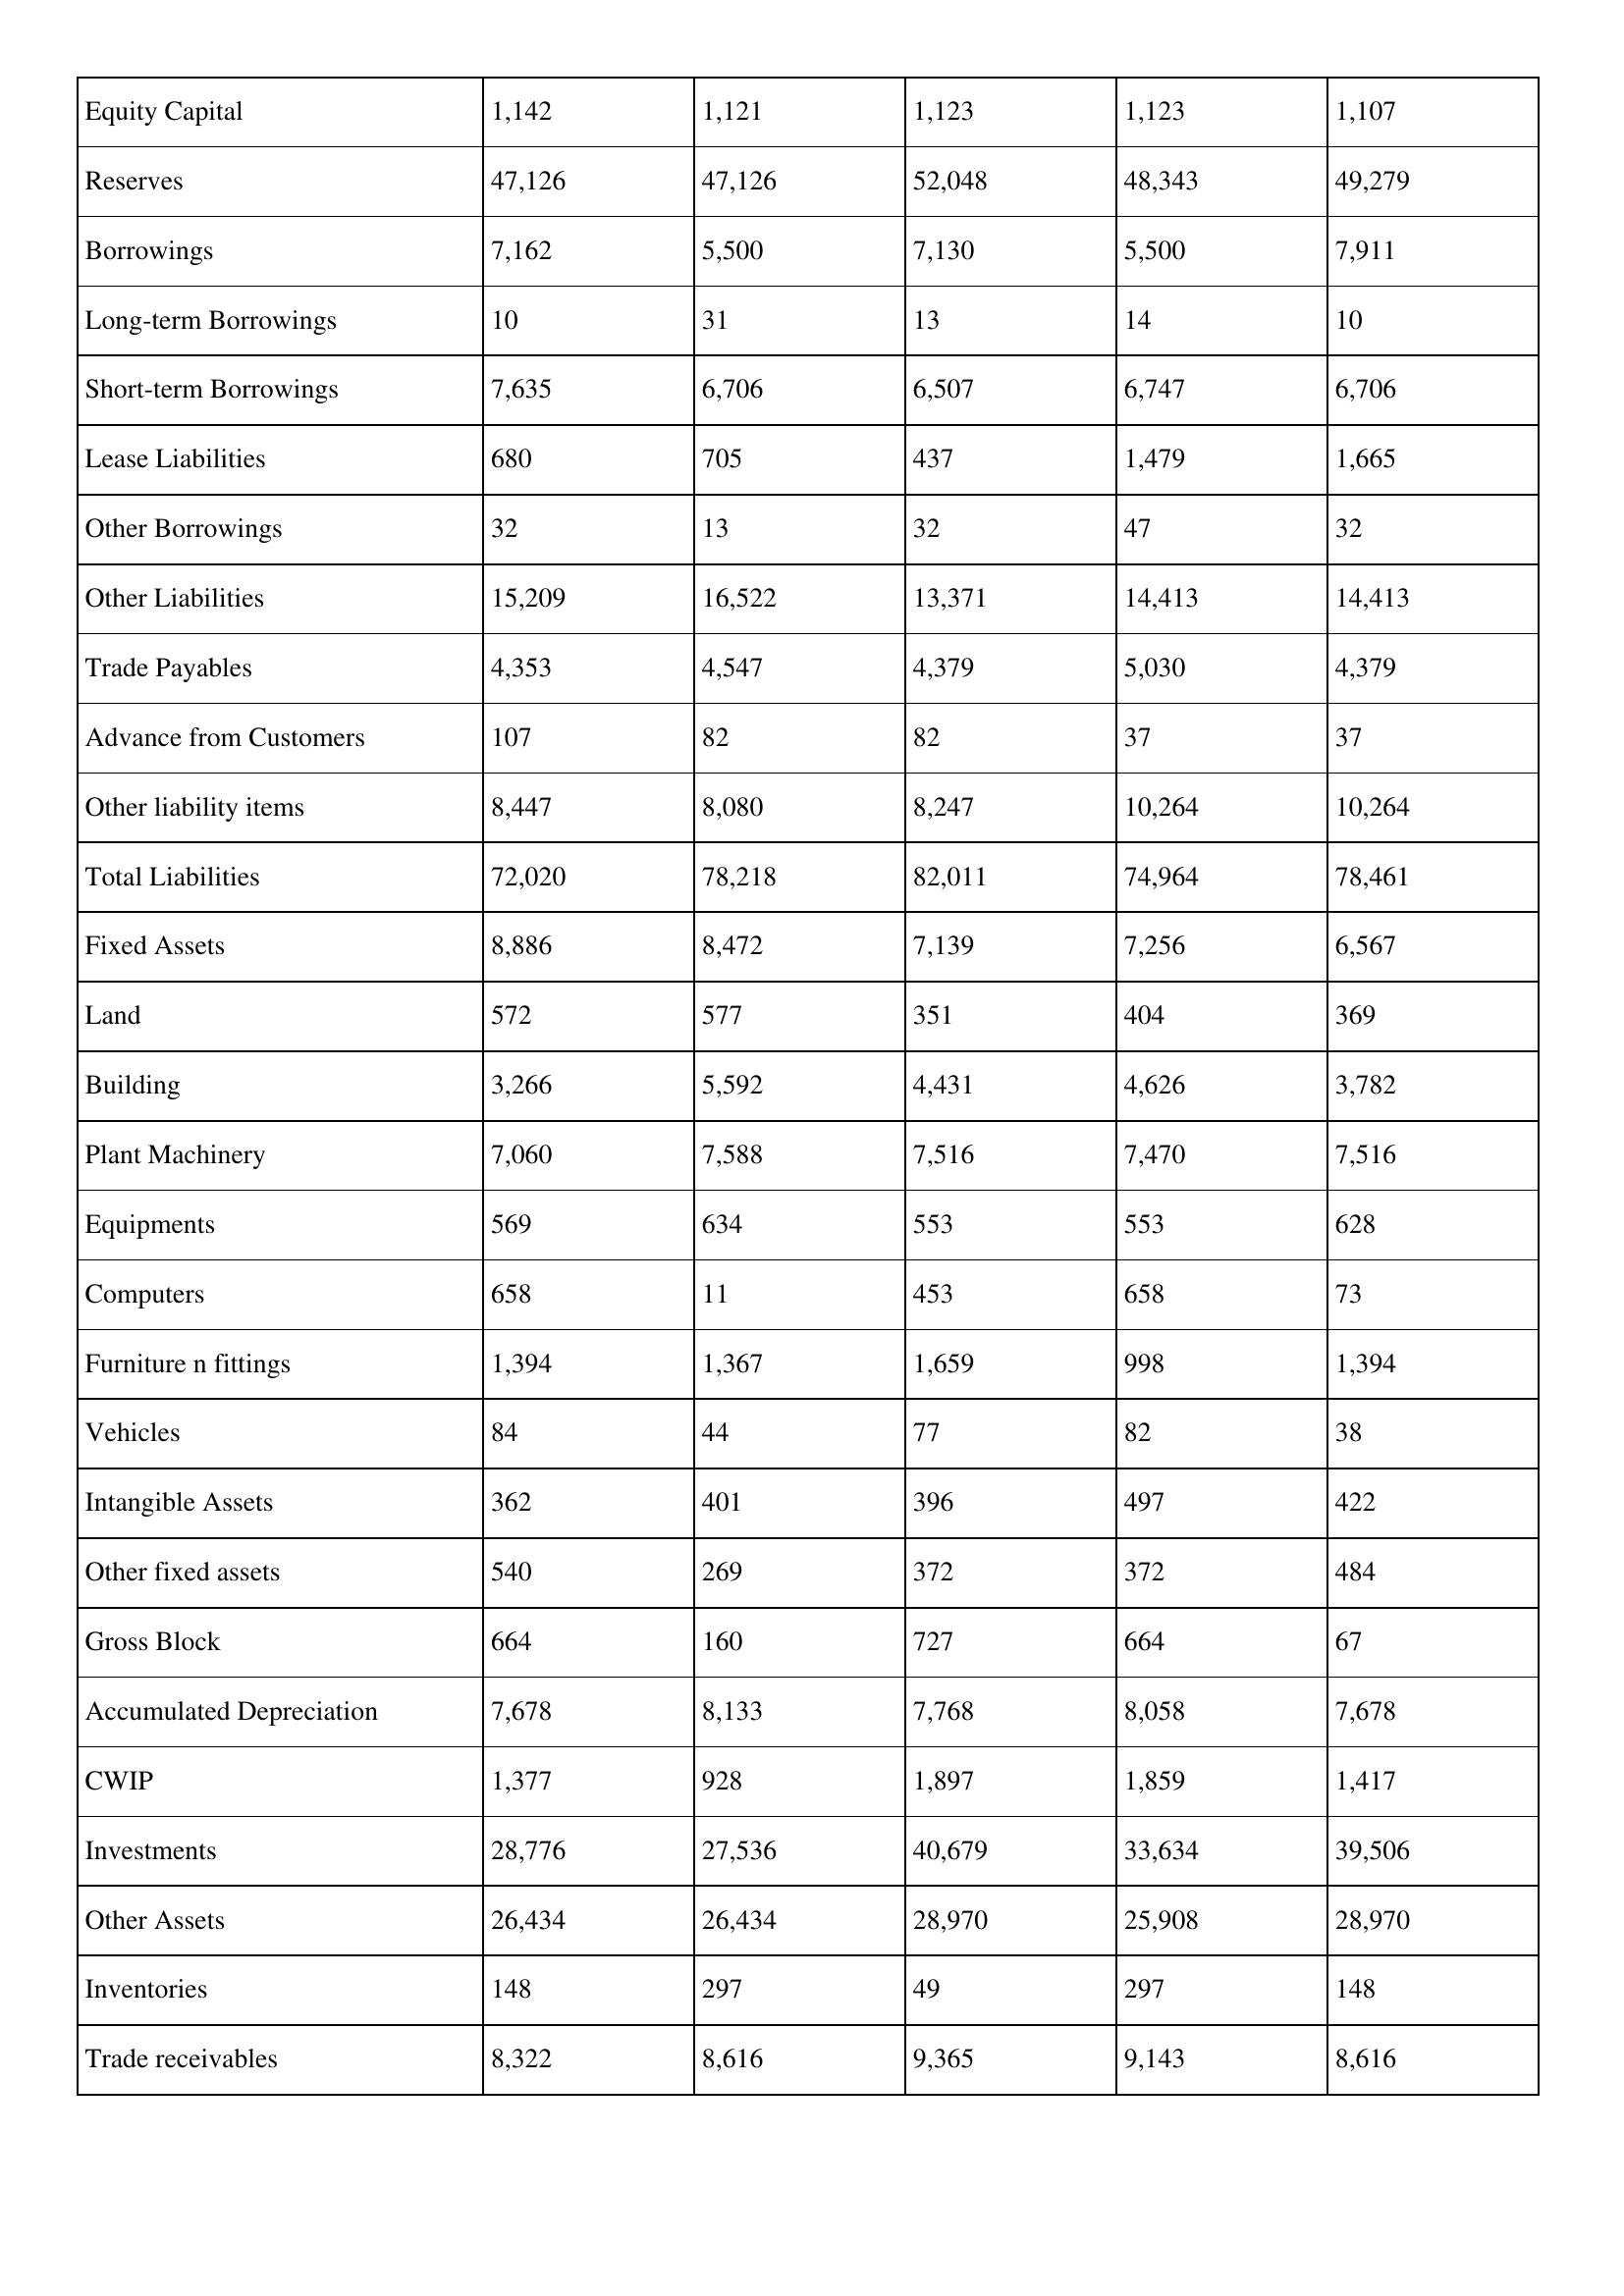
gt_parse: 2000: Balance Sheet: Equity Capital: 1,142
Reserves: 47,126
Borrowings: 7,162
Long-term Borrowings: 10
Short-term Borrowings: 7,635
Lease Liabilities: 680
Other Borrowings: 32
Other Liabilities: 15,209
Trade Payables: 4,353
Advance from Customers: 107
Other liability items: 8,447
Total Liabilities: 72,020
Fixed Assets: 8,886
Land: 572
Building: 3,266
Plant Machinery: 7,060
Equipments: 569
Computers: 658
Furniture n fittings: 1,394
Vehicles: 84
Intangible Assets: 362
Other fixed assets: 540
Gross Block: 664
Accumulated Depreciation: 7,678
CWIP: 1,377
Investments: 28,776
Other Assets: 26,434
Inventories: 148
Trade receivables: 8,322
1999: Balance Sheet: Equity Capital: 1,121
Reserves: 47,126
Borrowings: 5,500
Long-term Borrowings: 31
Short-term Borrowings: 6,706
Lease Liabilities: 705
Other Borrowings: 13
Other Liabilities: 16,522
Trade Payables: 4,547
Advance from Customers: 82
Other liability items: 8,080
Total Liabilities: 78,218
Fixed Assets: 8,472
Land: 577
Building: 5,592
Plant Machinery: 7,588
Equipments: 634
Computers: 11
Furniture n fittings: 1,367
Vehicles: 44
Intangible Assets: 401
Other fixed assets: 269
Gross Block: 160
Accumulated Depreciation: 8,133
CWIP: 928
Investments: 27,536
Other Assets: 26,434
Inventories: 297
Trade receivables: 8,616
1998: Balance Sheet: Equity Capital: 1,123
Reserves: 52,048
Borrowings: 7,130
Long-term Borrowings: 13
Short-term Borrowings: 6,507
Lease Liabilities: 437
Other Borrowings: 32
Other Liabilities: 13,371
Trade Payables: 4,379
Advance from Customers: 82
Other liability items: 8,247
Total Liabilities: 82,011
Fixed Assets: 7,139
Land: 351
Building: 4,431
Plant Machinery: 7,516
Equipments: 553
Computers: 453
Furniture n fittings: 1,659
Vehicles: 77
Intangible Assets: 396
Other fixed assets: 372
Gross Block: 727
Accumulated Depreciation: 7,768
CWIP: 1,897
Investments: 40,679
Other Assets: 28,970
Inventories: 49
Trade receivables: 9,365
1997: Balance Sheet: Equity Capital: 1,123
Reserves: 48,343
Borrowings: 5,500
Long-term Borrowings: 14
Short-term Borrowings: 6,747
Lease Liabilities: 1,479
Other Borrowings: 47
Other Liabilities: 14,413
Trade Payables: 5,030
Advance from Customers: 37
Other liability items: 10,264
Total Liabilities: 74,964
Fixed Assets: 7,256
Land: 404
Building: 4,626
Plant Machinery: 7,470
Equipments: 553
Computers: 658
Furniture n fittings: 998
Vehicles: 82
Intangible Assets: 497
Other fixed assets: 372
Gross Block: 664
Accumulated Depreciation: 8,058
CWIP: 1,859
Investments: 33,634
Other Assets: 25,908
Inventories: 297
Trade receivables: 9,143
1996: Balance Sheet: Equity Capital: 1,107
Reserves: 49,279
Borrowings: 7,911
Long-term Borrowings: 10
Short-term Borrowings: 6,706
Lease Liabilities: 1,665
Other Borrowings: 32
Other Liabilities: 14,413
Trade Payables: 4,379
Advance from Customers: 37
Other liability items: 10,264
Total Liabilities: 78,461
Fixed Assets: 6,567
Land: 369
Building: 3,782
Plant Machinery: 7,516
Equipments: 628
Computers: 73
Furniture n fittings: 1,394
Vehicles: 38
Intangible Assets: 422
Other fixed assets: 484
Gross Block: 67
Accumulated Depreciation: 7,678
CWIP: 1,417
Investments: 39,506
Other Assets: 28,970
Inventories: 148
Trade receivables: 8,616